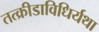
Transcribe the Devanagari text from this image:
तत्क्रीडाविधिर्यथा